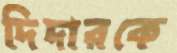
দিদারকে